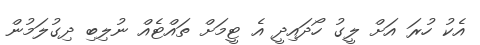
އެކު ހުރަ އަށް ލީގު ހޯދައިދީ އެ ޓީމަށް ތައްޓެއް ނުލިބި ދިގުލަމުން